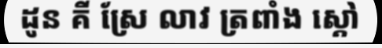
ដូន គី ស្រែ លាវ ត្រពាំង ស្តៅ